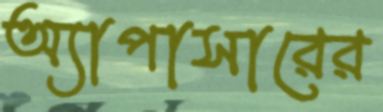
অ্যাপাসারের